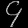
Digit: ၄